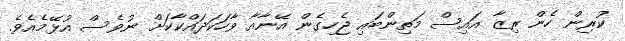
ކުރިން ހެން ރިޒާ އައިސް މަތިންބައި ޖެހިގެން އޭނާއާ ވާހަކަދައްކާކަށް ނުވެސް އުޅޭމެއެވެ.